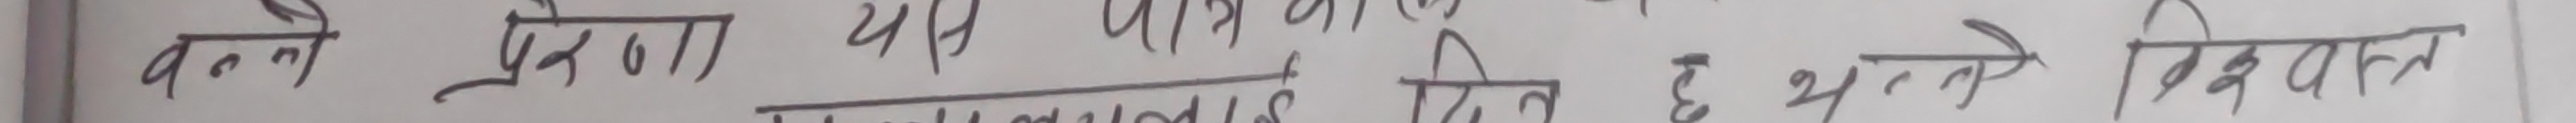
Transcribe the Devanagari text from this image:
बन्ने प्रेरणा यस पत्रको डिल छ भने खिरवात